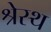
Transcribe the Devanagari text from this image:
श्रेस्थ